Indian journal of veterinary science and animal husbandry - Volumes 24-25, 1954-1955
Year: 1954
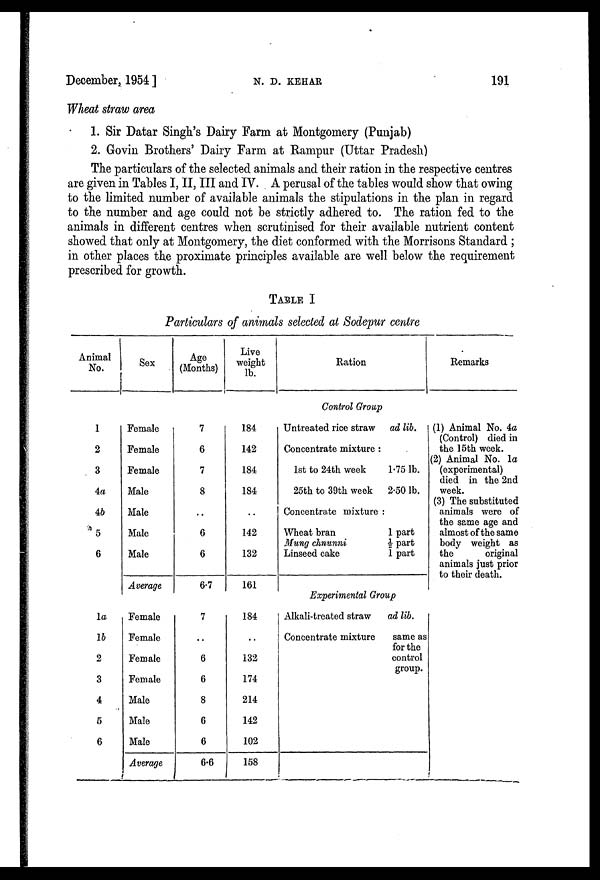
December, 1954 ]
N.
D.
KEHAR
191
Wheat straw area
1. Sir Datar Singh's Dairy Farm at Montgomery (Punjab)
2. Govin Brothers' Dairy Farm at Rampur (Uttar Pradesh)
The particulars of the selected animals and their ration in the respective centres
are given in Tables I, II, III and IV. A perusal of the tables would show that owing
to the limited number of available animals the stipulations in the plan in regard
to the number and age could not be strictly adhered to. The ration fed to the
animals in different centres when scrutinised for their available nutrient content
showed that only at Montgomery, the diet conformed with the Morrisons Standard ;
in other places the proximate principles available are well below the requirement
prescribed for growth.
TABLE I
Particulars of animals selected at Sodepur centre
Animal
No.
1
2
3
4a
4b
5
6
la
1b
2
3
4
5
6
Sex
Female
Female
Female
Male
Male
Male
Male
Average
Female
Female
Female
Female
Male
Male
Male
Average
Age
(Months)
7
6
7
8
..
6
6
6.7
7
..
6
6
8
6
6
6.6
Live
weight
lb.
184
142
184
184
..
142
132
161
184
..
132
174
214
142
102
158
Ration
Control Group
Untreated rice straw
Concentrate mixture :
1st to 24th week
25th to 39th week
ad lib.
1.75 lb.
2.50 lb.
Concentrate mixture :
Wheat bran
Mung chnunni
Linseed cake
1 part
½ part
1 part
Experimental Group
Alkali-treated straw
Concentrate mixture
ad lib.
same as
for the
control
group.
Remarks
(1) Animal No. 4a
(Control) died in
the 15th week.
(2) Animal No. la
(experimental)
died in the 2nd
week.
(3) The substituted
animals were of
the same age and
almost of the same
body weight as
the
original
animals just prior
to their death.